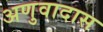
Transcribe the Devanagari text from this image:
अणुवादास